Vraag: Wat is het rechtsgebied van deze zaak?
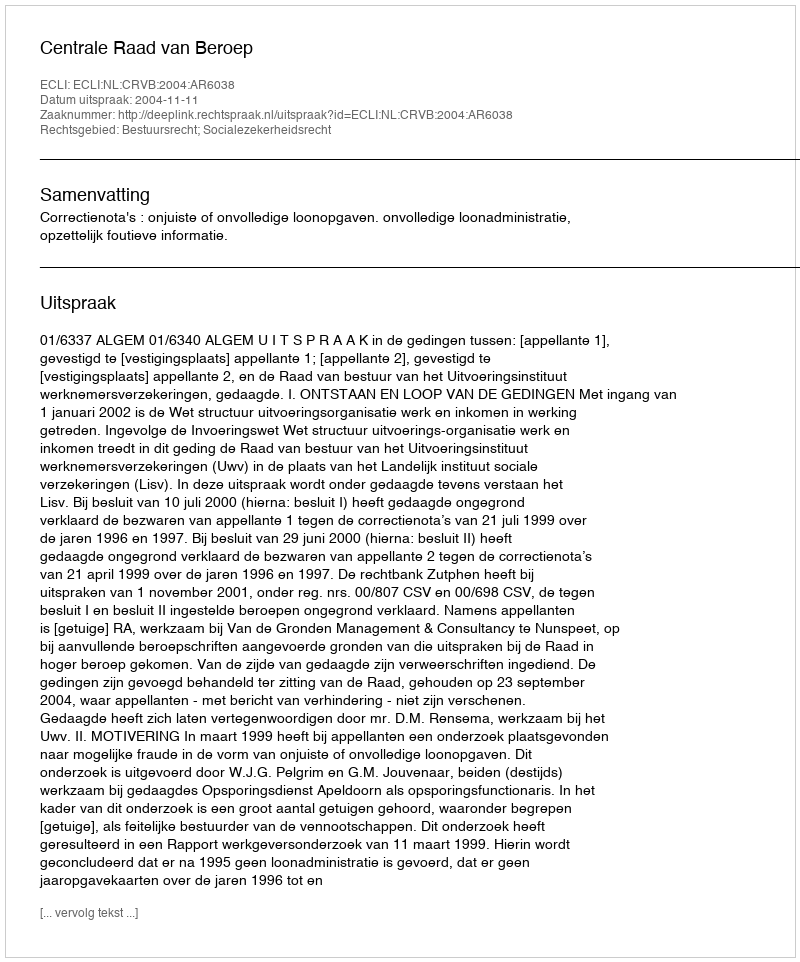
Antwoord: Bestuursrecht; Socialezekerheidsrecht